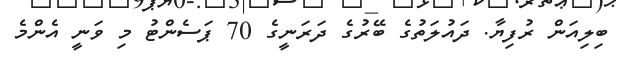
ބިލިއަން ރުފިޔާ. ދައުލަތުގެ ބޭރުގެ ދަރަނީގެ 70 ޕަސެންޓު މި ވަނީ އެންމެ